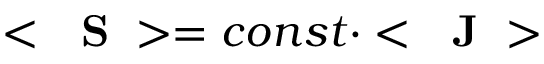
< \mathrm { ~ \bf ~ S ~ } > = c o n s t \cdot < \mathrm { ~ \bf ~ J ~ } >